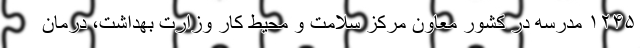
۱۲۴۵ مدرسه در کشور معاون مرکز سلامت و محیط کار وزارت بهداشت، درمان